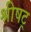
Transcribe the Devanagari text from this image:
श्रीषट्